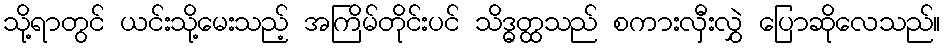
သို့ရာတွင် ယင်းသို့မေးသည့် အကြိမ်တိုင်းပင် သိဒ္ဓတ္ထသည် စကားလှီးလွှဲ ပြောဆိုလေသည်။